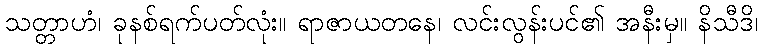
သတ္တာဟံ၊ ခုနစ်ရက်ပတ်လုံး။ ရာဇာယတနေ၊ လင်းလွန်းပင်၏ အနီးမှ။ နိသီဒိ၊